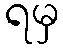
ရမှ